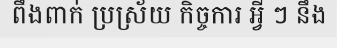
ពឹងពាក់ ប្រស្រ័យ កិច្ចការ អ្វី ៗ នឹង